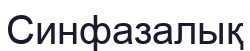
Синфазалық